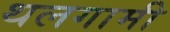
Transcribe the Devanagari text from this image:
थलगामी